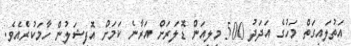
އަތުލައިގަތް މަހުގެ އަދަދު 500 މިލިއަން ޑޮލަރަށް އަރާނެ ކަމަށް އޮފިޝަލުން ހާމަކުރެެއެވެ.